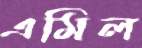
এমিল